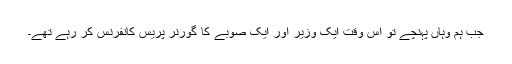
جب ہم وہاں پہنچے تو اس وقت ایک وزیر اور ایک صوبے کا گورنر پریس کانفرنس کر رہے تھے۔